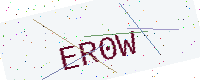
Text: ER0W